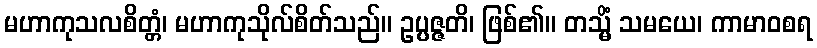
မဟာကုသလစိတ္တံ၊ မဟာကုသိုလ်စိတ်သည်။ ဥပ္ပဇ္ဇတိ၊ ဖြစ်၏။ တသ္မိံ သမယေ၊ ကာမာဝစရ